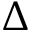
\Delta